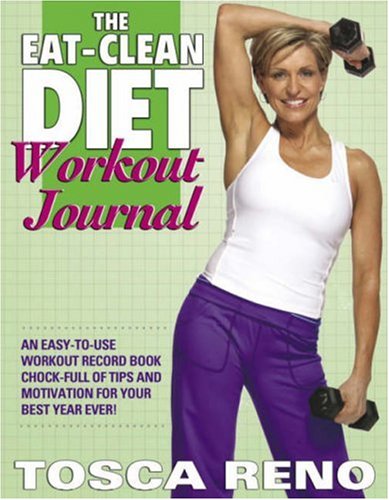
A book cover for The Eat-Clean Diet Workout Journal; Tosca Reno; Health, Fitness & Dieting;